Civil Veterinary Department. Madras. Admin. report 1926-33 - 1926-1933
Year: 1926
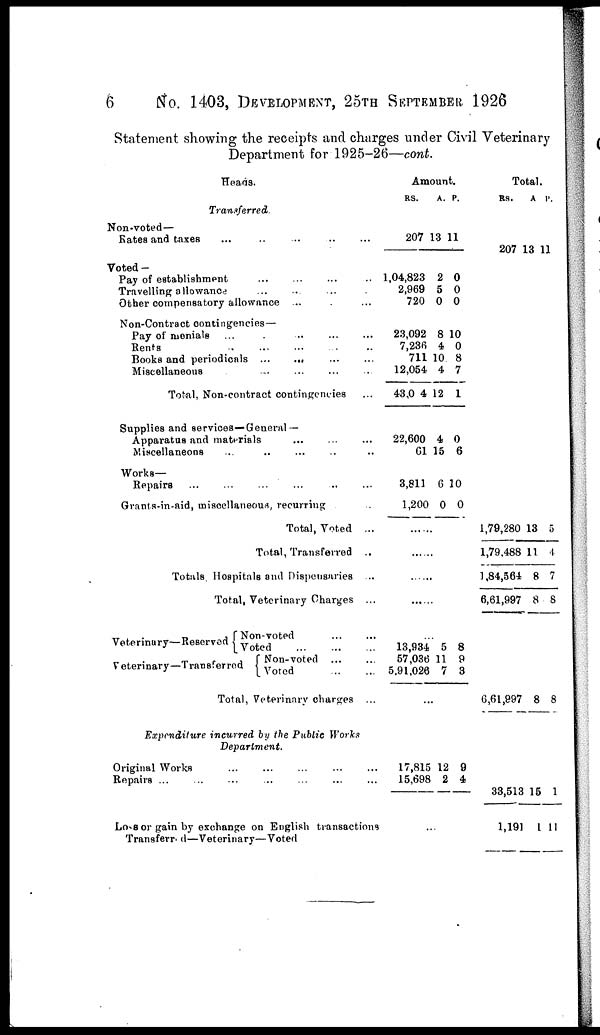
6
No.
1403, DEVELOPMENT, 25TH SEPTEMBER 1926
Statement showing the receipts and charges under Civil Veterinary
Department for 1925-26—cont.
Heads.
Transferred.
Non-voted—
Bates and taxes
...
...
...
...
...
Voted-
Pay of establishment
...
...
Travelling allowance
...
...
Other compensatory allowance ...
Non-Contract contingencies—
Pay of menials ...
. ... ... ... ...
Rents
...
...
...
...
...
Books and periodicals ... ... ... ...
Miscellaneous
...
...
...
...
Total, Non-contract contingencies
Supplies and services—General —
Apparatus and materials ... ... ... ...
Miscellaneous
...
..
...
Works—
Repairs ... ... ... ... ...
Grants-in-aid, miscellaneous, recurring ...
Total, Voted ...
Total, Transferred ..
Totals, Hospitals and Dispensaries ...
Total, Veterinary Charges ...
Veterinary-Reserved Non-voted ... ...
Voted ... ... ...
Veterinary-Transferred Non-voted ... ...
Voted ... ...
Total, Veterinary charges ...
Expenditure incurred by the Public Works
Department.
Original Works
...
...
...
...
...
Repairs ... ... ... ... ... ...
Loss or gain by exchange on English transactions
Transferred—Veterinary—Voted
Amount.
RS.
207
1,04,823
2,969
720
23,092
7,236
711
12,054
430 4
22,600
61
3,811
1,200
A.
13
2
5
0
8
4
10
4
12
4
15
6
0
P.
11
0
0
0
10
0
8
7
1
0
6
10
0
......
......
13,934
57,036
5,91,026
5
11
7
8
9
8
...
17,815
15,698
12
2
9
4
...
Total.
RS.
207
1,79,280
1,79,488
1,84,564
6,61,997
6,61,997
33,513
1,191
A
13
13
11
8
8
8
15
1
P.
11
5
4
7
8
8
1
11